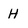
Character: H